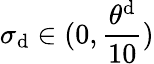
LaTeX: \sigma_{\mathrm{{d}}}\in(0,\frac{\theta^{\mathrm{d}}}{10})